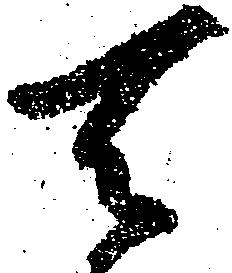
天